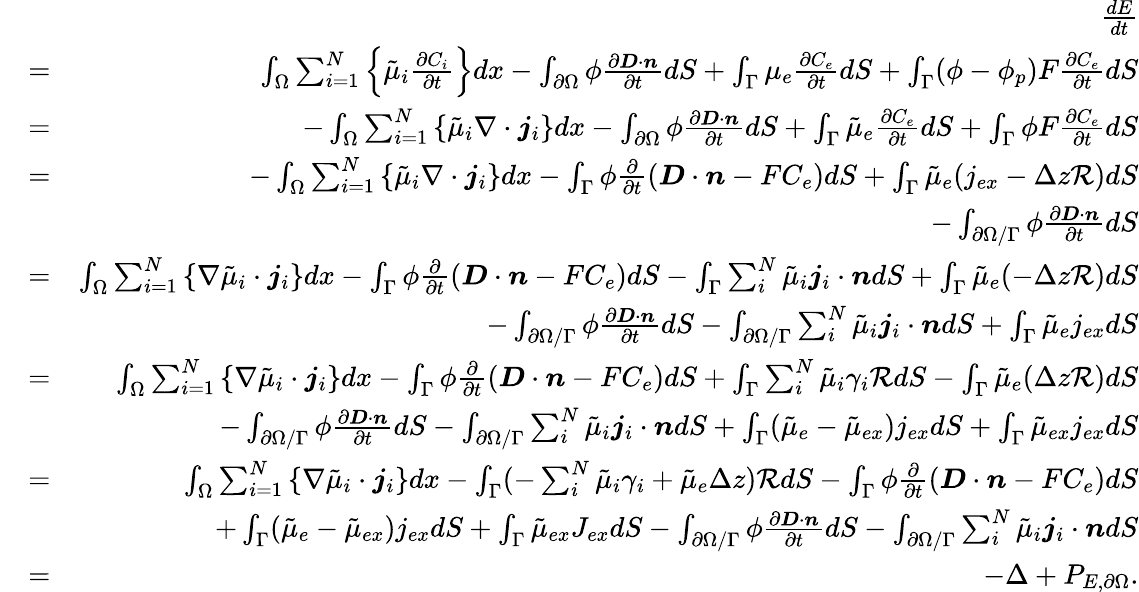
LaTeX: \begin{array}{rlr}&{}&{\frac{dE}{dt}}\\ &{=}&{\int_{\Omega}\sum_{i=1}^{N}\left\{ \tilde{\mu}_{i}\frac{\partial C_{i}}{\partial t}\right\} dx-\int_{\partial\Omega}\phi\frac{\partial\boldsymbol{D}\cdot\boldsymbol{n}}{\partial t}dS+\int_{\Gamma}\mu_{e}\frac{\partial C_{e}}{\partial t}dS+\int_{\Gamma}(\phi-\phi_{p})F\frac{\partial C_{e}}{\partial t}dS}\\ &{=}&{-\int_{\Omega}\sum_{i=1}^{N}\left\{ \tilde{\mu}_{i}\nabla\cdot\boldsymbol{j}_{i}\right\} dx-\int_{\partial\Omega}\phi\frac{\partial\boldsymbol{D}\cdot\boldsymbol{n}}{\partial t}dS+\int_{\Gamma}\tilde{\mu}_{e}\frac{\partial C_{e}}{\partial t}dS+\int_{\Gamma}\phi F\frac{\partial C_{e}}{\partial t}dS}\\ &{=}&{-\int_{\Omega}\sum_{i=1}^{N}\left\{ \tilde{\mu}_{i}\nabla\cdot\boldsymbol{j}_{i}\right\} dx-\int_{\Gamma}\phi\frac{\partial}{\partial t}\left(\boldsymbol{D}\cdot\boldsymbol{n}-FC_{e}\right)dS+\int_{\Gamma}\tilde{\mu}_{e}(j_{ex}-\Delta z\mathcal{R})dS}\\ &{}&{-\int_{\partial\Omega/\Gamma}\phi\frac{\partial\boldsymbol{D}\cdot\boldsymbol{n}}{\partial t}dS}\\ &{=}&{\int_{\Omega}\sum_{i=1}^{N}\left\{ \nabla\tilde{\mu}_{i}\cdot\boldsymbol{j}_{i}\right\} dx-\int_{\Gamma}\phi\frac{\partial}{\partial t}\left(\boldsymbol{D}\cdot\boldsymbol{n}-FC_{e}\right)dS-\int_{\Gamma}\sum_{i}^{N}\tilde{\mu}_{i}\boldsymbol{j}_{i}\cdot\boldsymbol{n}dS+\int_{\Gamma}\tilde{\mu}_{e}(-\Delta z\mathcal{R})dS}\\ &{}&{-\int_{\partial\Omega/\Gamma}\phi\frac{\partial\boldsymbol{D}\cdot\boldsymbol{n}}{\partial t}dS-\int_{\partial\Omega/\Gamma}\sum_{i}^{N}\tilde{\mu}_{i}\boldsymbol{j}_{i}\cdot\boldsymbol{n}dS+\int_{\Gamma}\tilde{\mu}_{e}j_{ex}dS}\\ &{=}&{\int_{\Omega}\sum_{i=1}^{N}\left\{ \nabla\tilde{\mu}_{i}\cdot\boldsymbol{j}_{i}\right\} dx-\int_{\Gamma}\phi\frac{\partial}{\partial t}\left(\boldsymbol{D}\cdot\boldsymbol{n}-FC_{e}\right)dS+\int_{\Gamma}\sum_{i}^{N}\tilde{\mu}_{i}\gamma_{i}\mathcal{R}dS-\int_{\Gamma}\tilde{\mu}_{e}(\Delta z\mathcal{R})dS}\\ &{}&{-\int_{\partial\Omega/\Gamma}\phi\frac{\partial\boldsymbol{D}\cdot\boldsymbol{n}}{\partial t}dS-\int_{\partial\Omega/\Gamma}\sum_{i}^{N}\tilde{\mu}_{i}\boldsymbol{j}_{i}\cdot\boldsymbol{n}dS+\int_{\Gamma}(\tilde{\mu}_{e}-\tilde{\mu}_{ex})j_{ex}dS+\int_{\Gamma}\tilde{\mu}_{ex}j_{ex}dS}\\ &{=}&{\int_{\Omega}\sum_{i=1}^{N}\left\{ \nabla\tilde{\mu}_{i}\cdot\boldsymbol{j}_{i}\right\} dx-\int_{\Gamma}(-\sum_{i}^{N}\tilde{\mu}_{i}\gamma_{i}+\tilde{\mu}_{e}\Delta z)\mathcal{R}dS-\int_{\Gamma}\phi\frac{\partial}{\partial t}\left(\boldsymbol{D}\cdot\boldsymbol{n}-FC_{e}\right)dS}\\ &{}&{+\int_{\Gamma}(\tilde{\mu}_{e}-\tilde{\mu}_{ex})j_{ex}dS+\int_{\Gamma}\tilde{\mu}_{ex}J_{ex}dS-\int_{\partial\Omega/\Gamma}\phi\frac{\partial\boldsymbol{D}\cdot\boldsymbol{n}}{\partial t}dS-\int_{\partial\Omega/\Gamma}\sum_{i}^{N}\tilde{\mu}_{i}\boldsymbol{j}_{i}\cdot\boldsymbol{n}dS}\\ &{=}&{-\Delta+P_{E,\partial\Omega}.}\end{array}